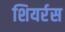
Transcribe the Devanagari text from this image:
शियर्रस